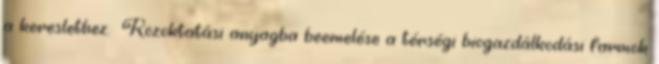
a kereslethez. ▪Közoktatási anyagba beemelése a térségi biogazdálkodási farmok